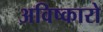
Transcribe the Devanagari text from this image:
अविष्कारो